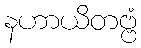
နဟာယိတဗ္ဗံ